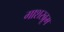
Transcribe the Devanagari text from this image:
गाशरब्रूम